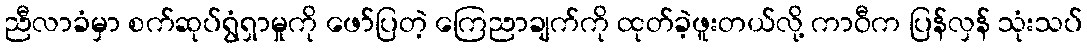
ညီလာခံမှာ စက်ဆုပ်ရွံရှာမှုကို ဖော်ပြတဲ့ ကြေညာချက်ကို ထုတ်ခဲ့ဖူးတယ်လို့ ကာဝီက ပြန်လှန် သုံးသပ်